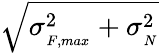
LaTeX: \sqrt{\sigma_{{}_{F,max}}^{2}+\sigma_{{}_{N}}^{2}}